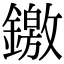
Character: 䥞